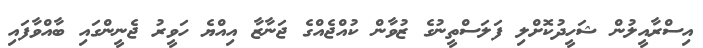
އިސްރާއީލުން ޝަހީދުކޮށްލި ފަލަސްތީނުގެ ޒުވާން ކުއްޖެއްގެ ޖަނާޒާ އިއްޔެ ހަވީރު ޖެނީންގައި ބާއްވާފައި